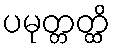
ပမုတ္တတ္ထိ